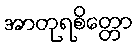
အာတုရစိတ္တော